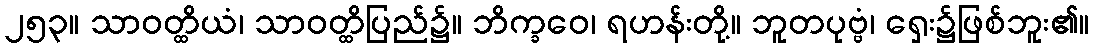
၂၅၃။ သာဝတ္ထိယံ၊ သာဝတ္ထိပြည်၌။ ဘိက္ခဝေ၊ ရဟန်းတို့။ ဘူတပုဗ္ဗံ၊ ရှေး၌ဖြစ်ဘူး၏။